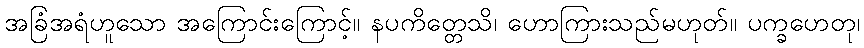
အခြံအရံဟူသော အကြောင်းကြောင့်။ နပကိတ္တေသိ၊ ဟောကြားသည်မဟုတ်။ ပက္ခဟေတု၊